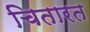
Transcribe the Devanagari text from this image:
चितारत